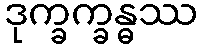
ဒုက္ခက္ခန္ဓဿ